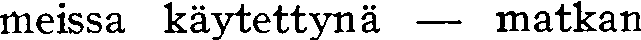
meissa käytettynä — matkan